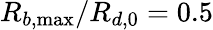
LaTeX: R_{b,\operatorname*{max}}/R_{d,0}=0.5